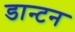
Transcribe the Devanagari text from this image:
डान्टन